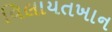
વિલાયતખાન